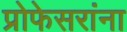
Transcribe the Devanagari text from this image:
प्रोफेसरांना